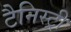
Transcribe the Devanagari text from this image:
टैनिस्ट्री